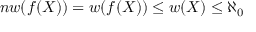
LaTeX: n w ( f ( X ) ) = w ( f ( X ) ) \leq w ( X ) \leq \aleph _ { 0 }